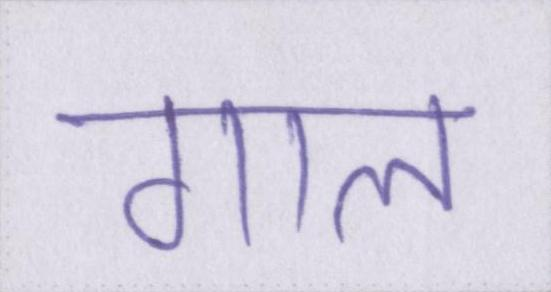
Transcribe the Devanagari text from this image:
गाल